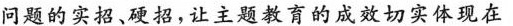
问题的实招、硬招，让主题教育的成效切实体现在